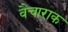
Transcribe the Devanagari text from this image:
वैचाराक